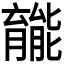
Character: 𫆽